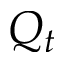
Q _ { t }